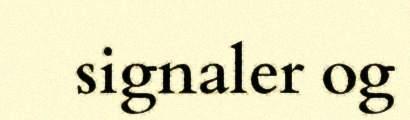
signaler og